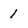
Character: 1